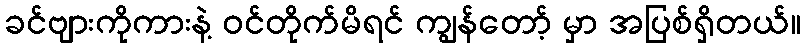
ခင်ဗျားကိုကားနဲ့ ဝင်တိုက်မိရင် ကျွန်တော့် မှာ အပြစ်ရှိတယ်။